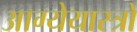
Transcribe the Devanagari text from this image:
आग्येयास्त्रों